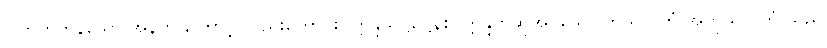
ပြတတ်ကုန်သော အနက် ကြောင့် လည်းကောင်း။ ဣန္ဒသိဋ္ဌဋ္ဌေနစ၊ ဣန္ဒဟုဆိုအပ်သော ကုသိုလ်ကံ အကုသိုလ်ကံ သည်